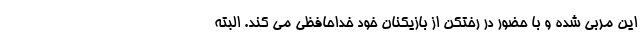
این مربی شده و با حضور در رختکن از بازیکنان خود خداحافظی می کند. البته